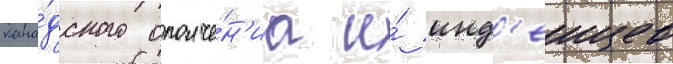
кана́дского ополче́н'иа и́ инд'еицев